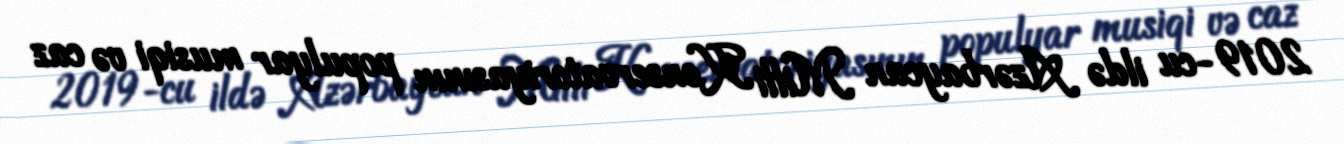
2019-cu ildə Azərbaycan Milli Konservatoriyasının populyar musiqi və caz